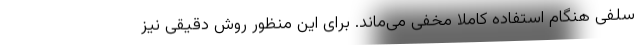
سلفی هنگام استفاده کاملا مخفی می‌ماند. برای این منظور روش دقیقی نیز